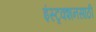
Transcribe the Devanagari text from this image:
इंस्ट्रक्शनसाठी